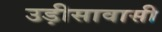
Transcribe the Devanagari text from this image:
उड़ीसावासी